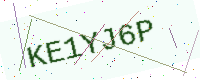
Text: KE1YJ6P